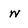
Character: W